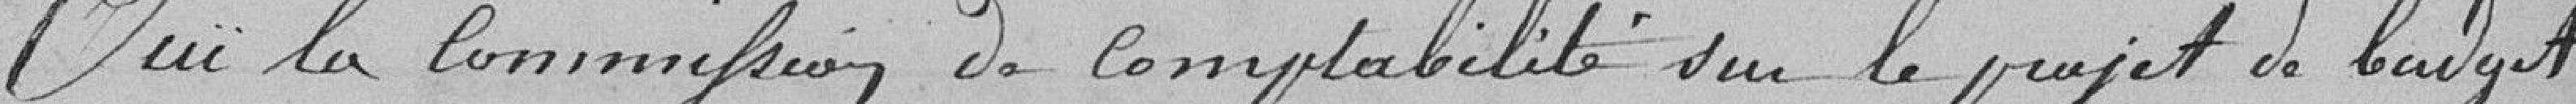
Ouï la commission de comptabilité sur le projet de budget